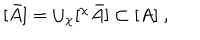
LaTeX: [ \bar { A } ] = \cup _ { \chi } [ ^ { \chi } \bar { A } ] \subset [ A ] \ ,